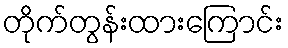
တိုက်တွန်းထားကြောင်း